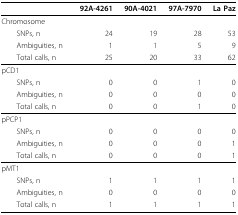
|  | 92A-4261 | 90A-4021 | 97A-7970 | La Paz |
 | --- | --- | --- | --- | --- |
 | Chromosome |  |  |  |  |
 | SNPs, n | 24 | 19 | 28 | 53 |
 | Ambiguities, n | 1 | 1 | 5 | 9 |
 | Total calls, n | 25 | 20 | 33 | 62 |
 | pCD1 |  |  |  |  |
 | SNPs, n | 0 | 0 | 1 | 0 |
 | Ambiguities, n | 0 | 0 | 0 | 0 |
 | Total calls, n | 0 | 0 | 1 | 0 |
 | pPCP1 |  |  |  |  |
 | SNPs, n | 0 | 0 | 0 | 0 |
 | Ambiguities, n | 0 | 0 | 0 | 1 |
 | Total calls, n | 0 | 0 | 0 | 1 |
 | pMT1 |  |  |  |  |
 | SNPs, n | 1 | 1 | 1 | 1 |
 | Ambiguities, n | 0 | 0 | 0 | 0 |
 | Total calls, n | 1 | 1 | 1 | 1 |